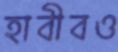
হাবীবও